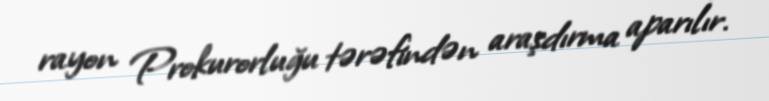
rayon Prokurorluğu tərəfindən araşdırma aparılır.